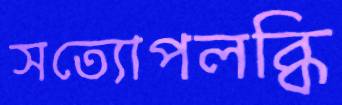
সত্যোপলব্ধি